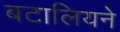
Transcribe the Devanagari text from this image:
बटालियने